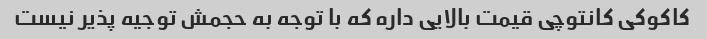
کاکوکی کانتوچی قیمت بالایی داره که با توجه به حجمش توجیه پذیر نیست